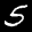
Label: 5